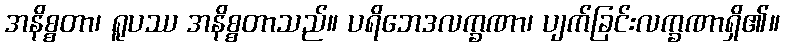
အနိစ္စတာ၊ ရူပဿ အနိစ္စတာသည်။ ပရိဘေဒလက္ခဏာ၊ ပျက်ခြင်းလက္ခဏာရှိ၏။